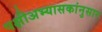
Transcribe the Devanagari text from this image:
पक्षीअभ्यासकांनुसार